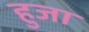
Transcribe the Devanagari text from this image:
हुजा